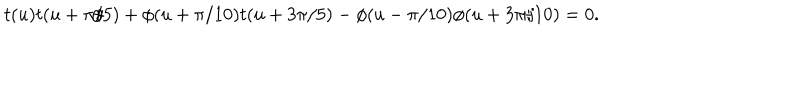
t ( u ) t ( u + \pi / 5 ) + \phi ( u + \pi / 1 0 ) t ( u + 3 \pi / 5 ) - \phi ( u - \pi / 1 0 ) \phi ( u + 3 \pi / 1 0 ) = 0 . \nonumber